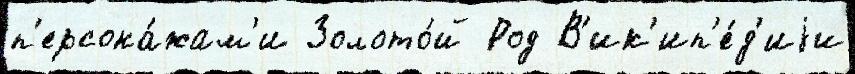
п'ерсона́жам'и Золото́й Род В'ик'ип'е́д'иjи